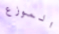
الموزع